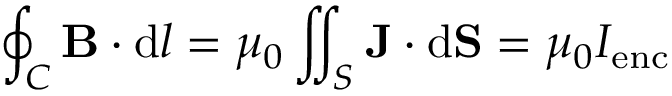
\oint _ { C } \mathbf { B } \cdot \mathrm { d } { \boldsymbol { l } } = \mu _ { 0 } \iint _ { S } \mathbf { J } \cdot \mathrm { d } \mathbf { S } = \mu _ { 0 } I _ { \mathrm { e n c } }